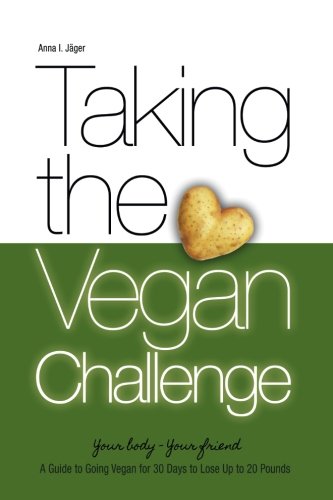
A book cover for Taking the Vegan Challenge: A Guide to Going Vegan for 30 Days to Lose up to 20 Pounds! (Vegan Weight Loss) (Volume 2); Anna I. JÃ¤ger; Health, Fitness & Dieting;